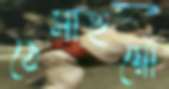
ঠেসাইয়ো